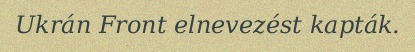
Ukrán Front elnevezést kapták.